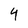
Character: 4